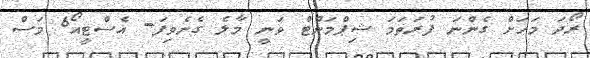
ރޯދަ މަހަަށް ގެންނަ ފުރަތަމަ ޝިޕްމަންޓް ވަނީ މާލެ ގެނެވިފަ- އެސްޓީއޯ6 މަސް